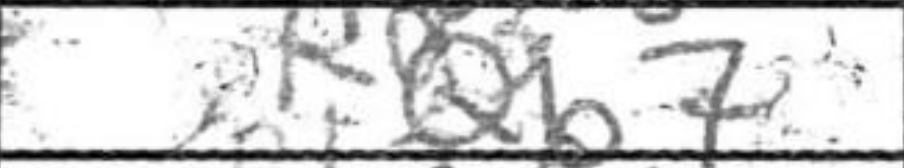
Transcription: Qb7